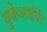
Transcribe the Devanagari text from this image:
युकेआईपी